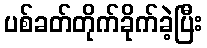
ပစ်ခတ်တိုက်ခိုက်ခဲ့ပြီး